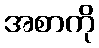
အစာကို